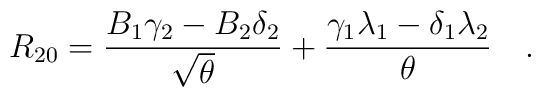
R_{20} ={B_1\gamma_2 - B_2 \delta_2\over{\sqrt{\theta}}} + {\gamma_1 \lambda_1 - \delta_1\lambda_2\over{\theta}} \quad .